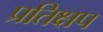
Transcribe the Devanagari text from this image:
प्रतिक्षप